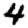
Digit: 4